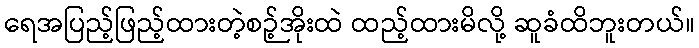
ရေအပြည့်ဖြည့်ထားတဲ့စဉ့်အိုးထဲ ထည့်ထားမိလို့ ဆူခံထိဘူးတယ်။